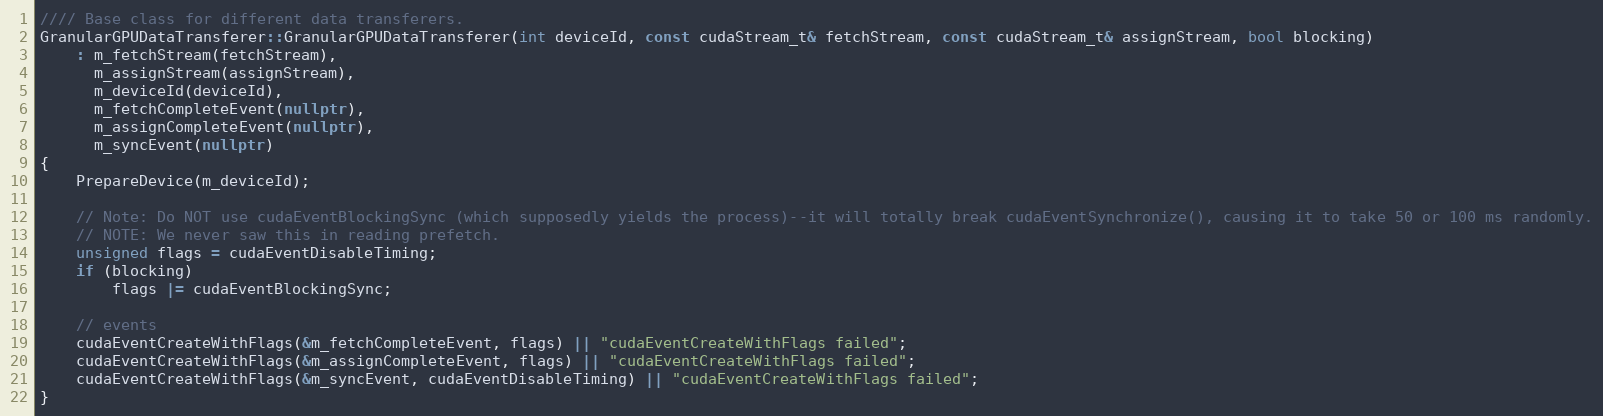
Language: C++
//// Base class for different data transferers.
GranularGPUDataTransferer::GranularGPUDataTransferer(int deviceId, const cudaStream_t& fetchStream, const cudaStream_t& assignStream, bool blocking)
    : m_fetchStream(fetchStream),
      m_assignStream(assignStream),
      m_deviceId(deviceId),
      m_fetchCompleteEvent(nullptr),
      m_assignCompleteEvent(nullptr),
      m_syncEvent(nullptr)
{
    PrepareDevice(m_deviceId);

    // Note: Do NOT use cudaEventBlockingSync (which supposedly yields the process)--it will totally break cudaEventSynchronize(), causing it to take 50 or 100 ms randomly.
    // NOTE: We never saw this in reading prefetch.
    unsigned flags = cudaEventDisableTiming;
    if (blocking)
        flags |= cudaEventBlockingSync;

    // events
    cudaEventCreateWithFlags(&m_fetchCompleteEvent, flags) || "cudaEventCreateWithFlags failed";
    cudaEventCreateWithFlags(&m_assignCompleteEvent, flags) || "cudaEventCreateWithFlags failed";
    cudaEventCreateWithFlags(&m_syncEvent, cudaEventDisableTiming) || "cudaEventCreateWithFlags failed";
}